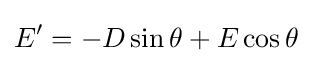
E'=-D\sin \theta +E\cos \theta